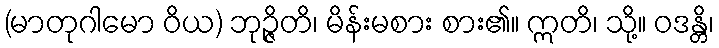
(မာတုဂါမော ဝိယ) ဘုဉ္ဇိတိ၊ မိန်းမစား စား၏။ ဣတိ၊ သို့။ ဝဒန္တိ၊